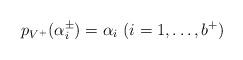
LaTeX: \begin{align*}p_{V^+}(\alpha_i^\pm) = \alpha_i\ (i =1, \ldots, b^+)\end{align*}